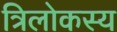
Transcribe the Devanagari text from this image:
त्रिलोकस्य